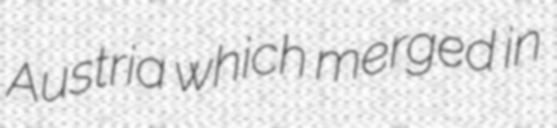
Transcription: Austria which merged in